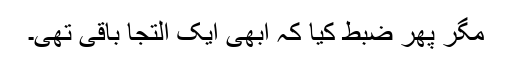
مگر پھر ضبط کیا کہ ابھی ایک التجا باقی تھی۔